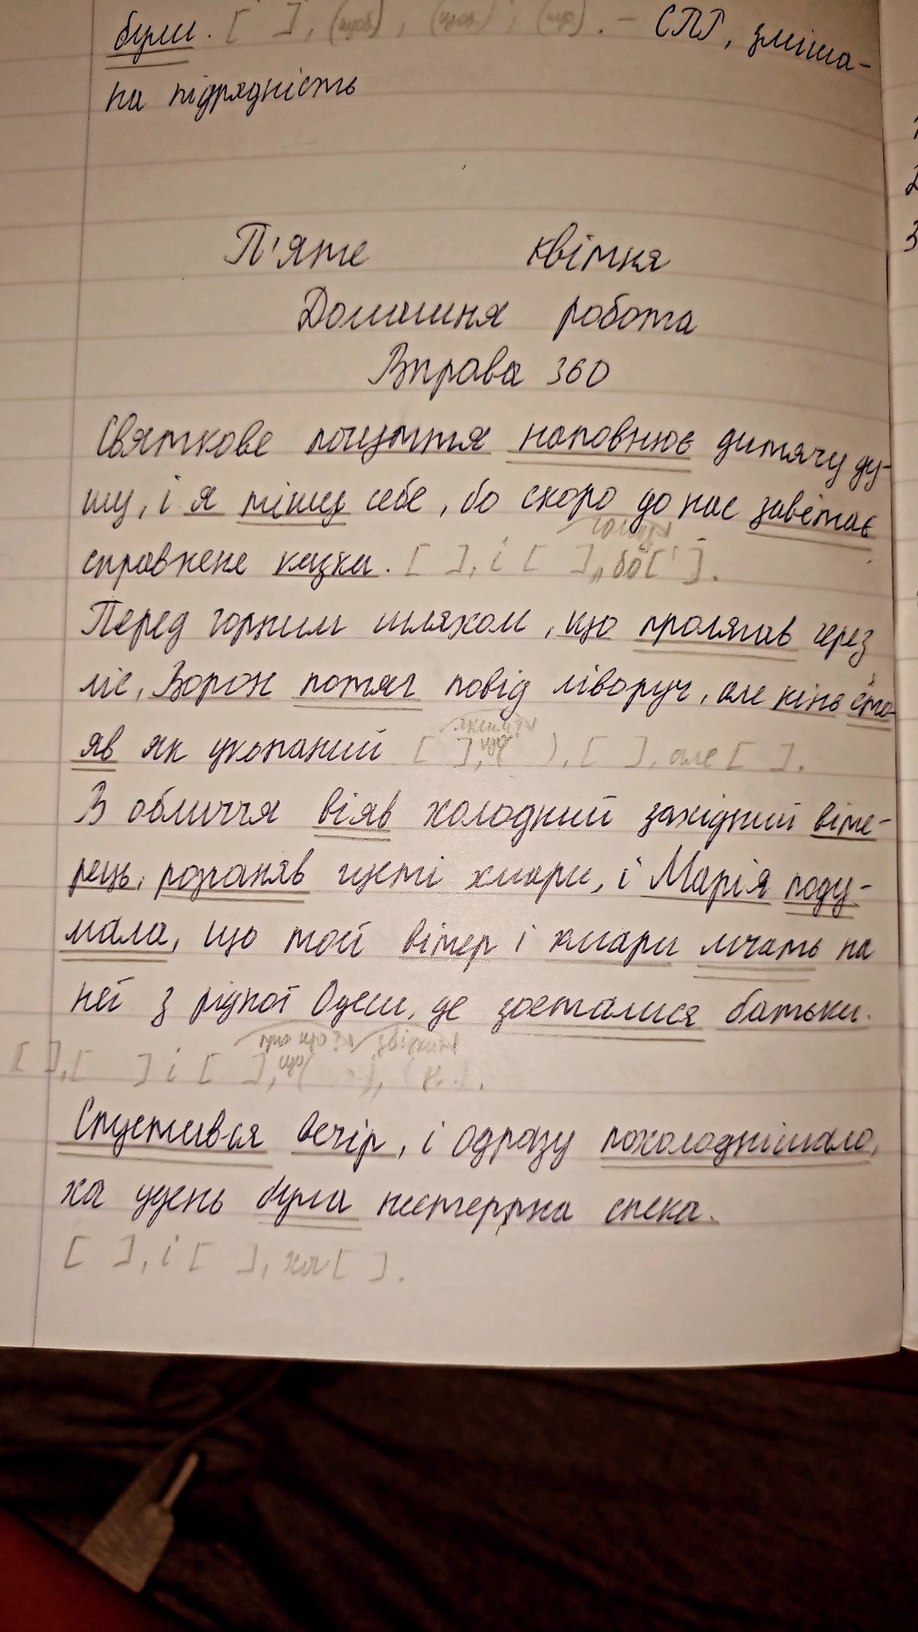
були. [ ], (щоб), (щоб); (що). - СПР, зміша-
на підрядність
П'яте квітня
Домашня робота
Вправа 360
Святкове почуття наповнює дитячу ду-
шу, і я тішу себе, бо скоро до нас завітає
чому
справжня казка. [ ], і [ ], бо [ ' ].
Перед горним шляхом, що пролягав через
ліс, Ворон потяг повід ліворуч, але кінь сто-
який? що
яв як укопаний [ ], ( ), [ ], але [ ].
В обличчя віяв холодний західний віте-
рець, розгоняв густі хмари, і Марія поду-
мала, що той вітер і хмари мчать на
неї з рідної Одеси, де зосталися батьки.
про що? що звідки
[ ], [ ] i [ ], ( ) , (н) .
Спустився вечір, і одразу похолоднішало,
хоч удень була нестерпна спека.
[ ], i [ ], хоч [ ].